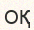
ОҚ